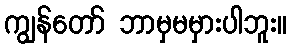
ကျွန်တော် ဘာမှမမှားပါဘူး။